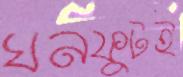
ঘনফুটই